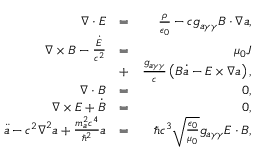
\begin{array} { r l r } { \boldsymbol \nabla \cdot \boldsymbol E } & { = } & { \frac { \rho } { \epsilon _ { 0 } } - c g _ { a \gamma \gamma } \boldsymbol B \cdot \boldsymbol \nabla a , } \\ { \boldsymbol \nabla \times \boldsymbol B - \frac { \dot { \boldsymbol E } } { c ^ { 2 } } } & { = } & { \mu _ { 0 } \boldsymbol J } \\ & { + } & { \frac { g _ { a \gamma \gamma } } { c } \left( \boldsymbol B \dot { a } - \boldsymbol E \times \boldsymbol \nabla a \right) , } \\ { \boldsymbol \nabla \cdot \boldsymbol B } & { = } & { 0 , } \\ { \boldsymbol \nabla \times \boldsymbol E + \dot { \boldsymbol B } } & { = } & { 0 , } \\ { \ddot { a } - c ^ { 2 } \boldsymbol \nabla ^ { 2 } a + \frac { m _ { a } ^ { 2 } c ^ { 4 } } { \hbar ^ { 2 } } a } & { = } & { \hbar c ^ { 3 } \sqrt { \frac { \epsilon _ { 0 } } { \mu _ { 0 } } } g _ { a \gamma \gamma } \boldsymbol E \cdot \boldsymbol B , } \end{array}